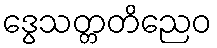
ဒွေသတ္တတိညေဝ